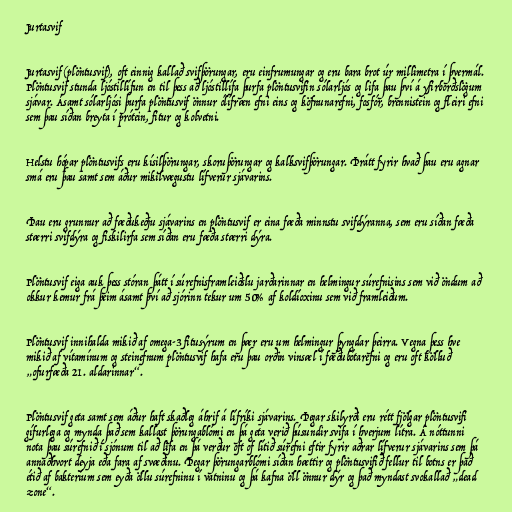
Jurtasvif

Jurtasvif (plöntusvif), oft einnig kallað svifþörungar, eru einfrumungar og eru bara brot úr millimetra í þvermál.
Plöntusvif stunda ljóstillífun en til þess að ljóstillífa þurfa plöntusvifin sólarljós og lifa þau því á yfirborðslögum
sjávar. Ásamt sólarljósi þurfa plöntusvif önnur ólífræn efni eins og köfnunarefni, fosfór, brennistein og fleiri efni
sem þau síðan breyta í prótein, fitur og kolvetni.

Helstu hópar plöntusvifs eru kísilþörungar, skoruþörungar og kalksvifþörungar. Þrátt fyrir hvað þau eru agnar
smá eru þau samt sem áður mikilvægustu lífverur sjávarins.

Þau eru grunnur að fæðukeðju sjávarins en plöntusvif er eina fæða minnstu svifdýranna, sem eru síðan fæða
stærri svifdýra og fiskilirfa sem síðan eru fæða stærri dýra.

Plöntusvif eiga auk þess stóran þátt í súrefnisframleiðslu jarðarinnar en helmingur súrefnisins sem við öndum að
okkur kemur frá þeim ásamt því að sjórinn tekur um 50% af koldíoxinu sem við framleiðum.

Plöntusvif innihalda mikið af omega-3 fitusýrum en þær eru um helmingur þyngdar þeirra. Vegna þess hve
mikið af vítamínum og steinefnum plöntusvif hafa eru þau orðin vinsæl í fæðubótarefni og eru oft kölluð
„ofurfæða 21. aldarinnar“.

Plöntusvif geta samt sem áður haft skaðleg áhrif á lífríki sjávarins. Þegar skilyrði eru rétt fjölgar plöntusvifi
gífurlega og mynda það sem kallast þörungablómi en þá geta verið þúsundir svifa í hverjum lítra. Á nóttunni
nota þau súrefnið í sjónum til að lifa en þá verður oft of lítið súrefni eftir fyrir aðrar lífverur sjávarins sem þá
annaðhvort deyja eða fara af svæðinu. Þegar þörungarblómi síðan hættir og plöntusvifið fellur til botns er það
étið af bakteríum sem eyða öllu súrefninu í vatninu og þá kafna öll önnur dýr og það myndast svokallað „dead
zone“.